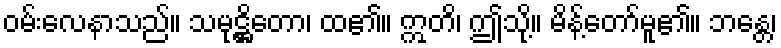
ဝမ်းလေနာသည်။ သမုဋ္ဌိတော၊ ထ၏။ ဣတိ၊ ဤသို့။ မိန့်တော်မူ၏။ ဘန္တေ၊